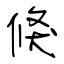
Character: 倏